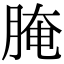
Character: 腌